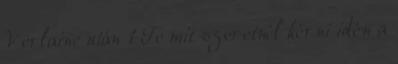
Verlaine után 1 Te mit szeretnél kérni idén a